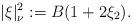
LaTeX: \begin{align*}|\xi|_{\nu}^{2}:=B(1+2\xi_{2}).\end{align*}